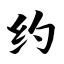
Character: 约